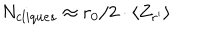
LaTeX: N _ { c l i q u e s } \approx r _ { 0 } / 2 \cdot \langle Z _ { r ^ { \prime } } \rangle